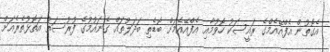
އެގޮތުން އެފްއޭއެމްގެ ރައީސަކު ހޮވުމާއި އެފްއޭއެމަށް ބޮޑެތި ބަދަލުތައް ގެނައުމުގެ ފުރުސަތު އަތޮޅުތެރެއަށް